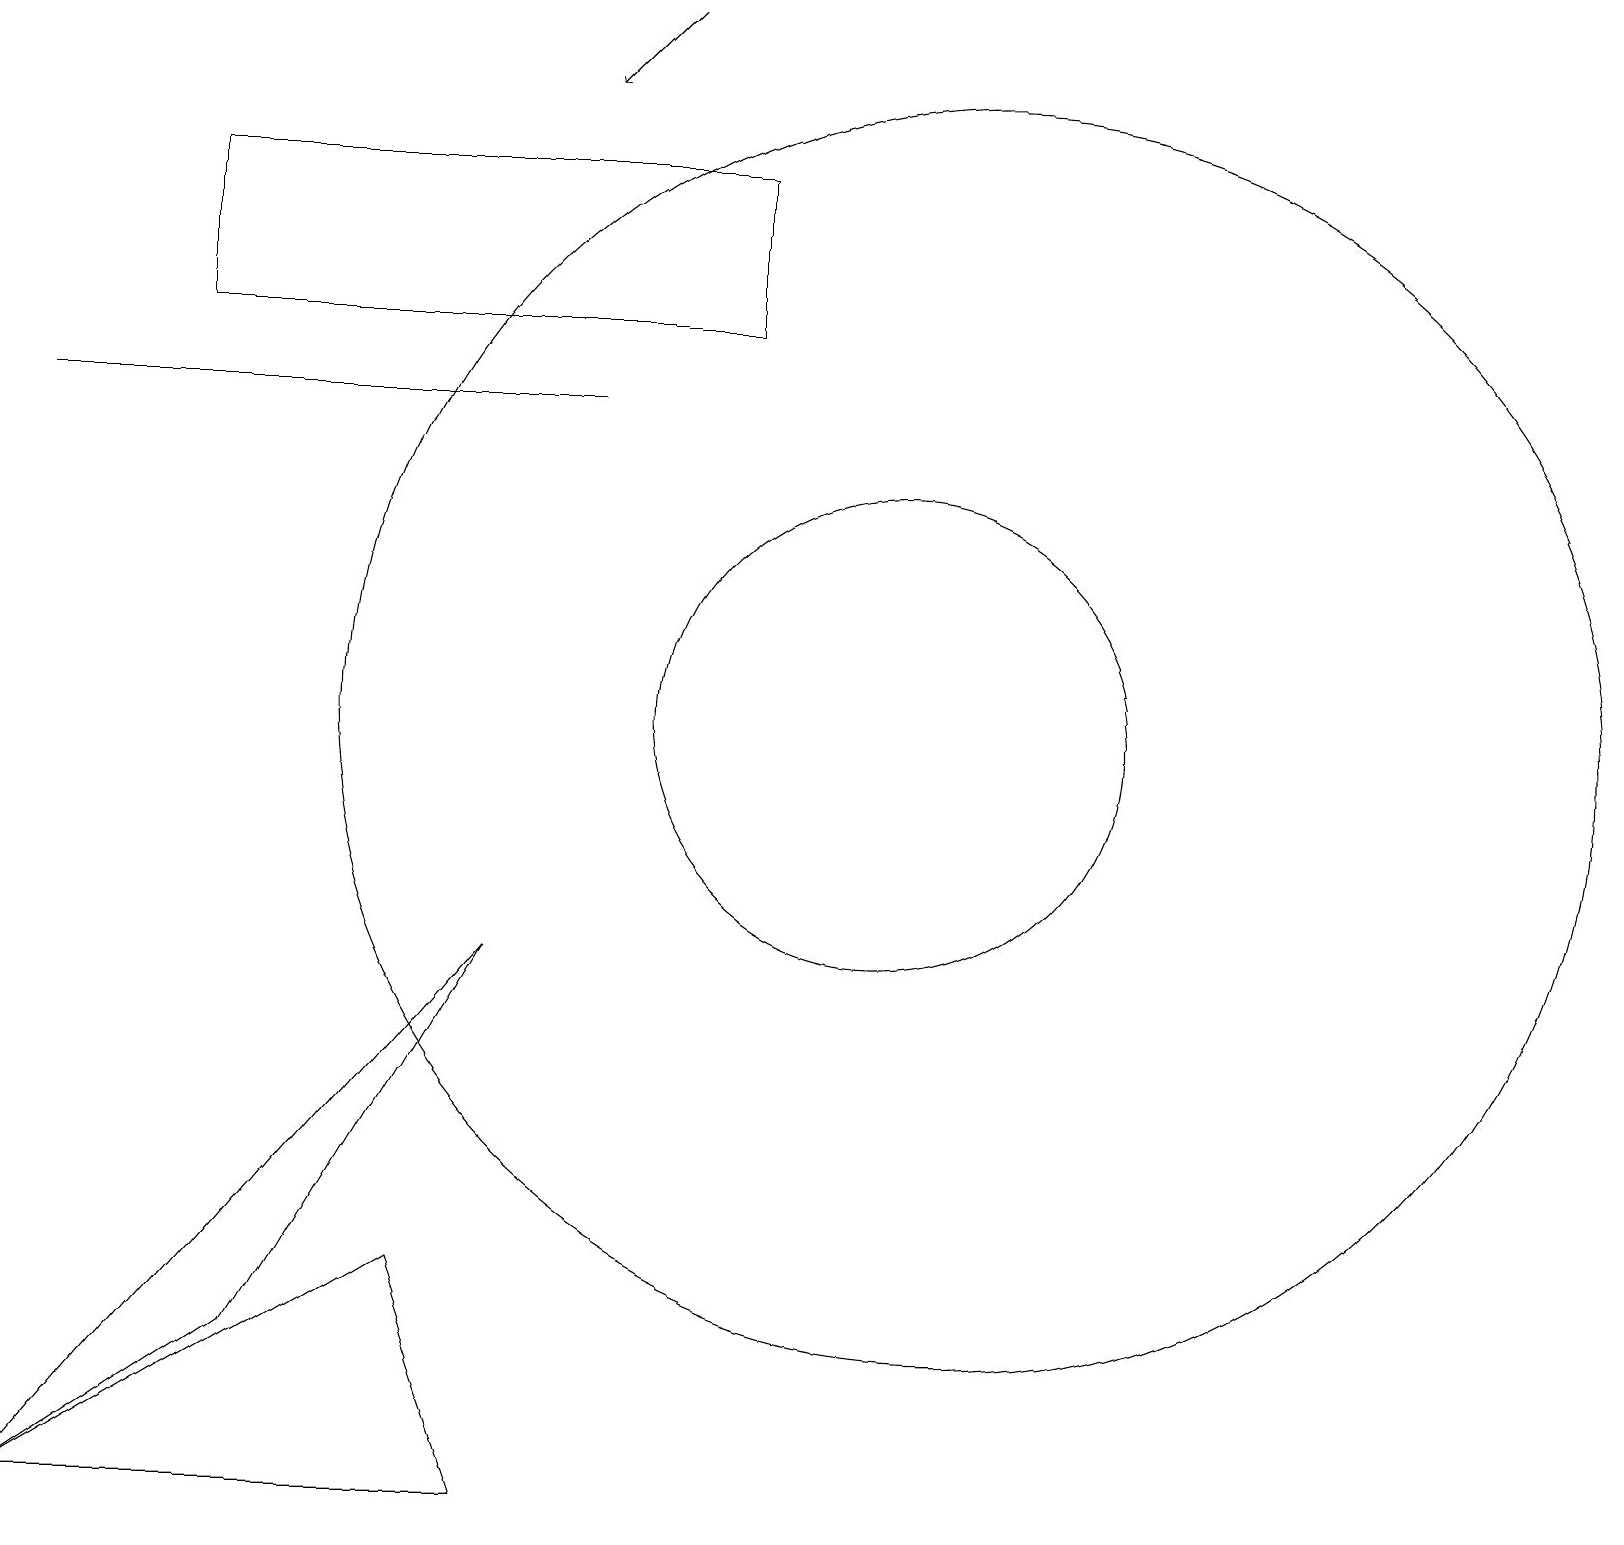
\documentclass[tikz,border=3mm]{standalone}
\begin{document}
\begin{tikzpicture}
\draw (7,14) rectangle (0,14);
\draw (9,15) rectangle (2,17);
\draw (6,7) -- (3,2) -- (0,0) -- cycle;
\draw (0,0) -- (5,3) -- (6,0) -- cycle;
\draw (12,10) circle (8);
\draw[->] (8,19) -- (7,18);
\draw (11,10) circle (3);
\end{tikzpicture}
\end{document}